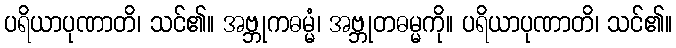
ပရိယာပုဏာတိ၊ သင်၏။ အဗ္ဘုကဓမ္မံ၊ အဗ္ဘုတဓမ္မကို။ ပရိယာပုဏာတိ၊ သင်၏။